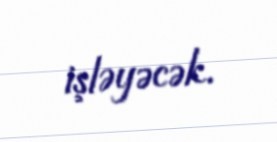
işləyəcək.